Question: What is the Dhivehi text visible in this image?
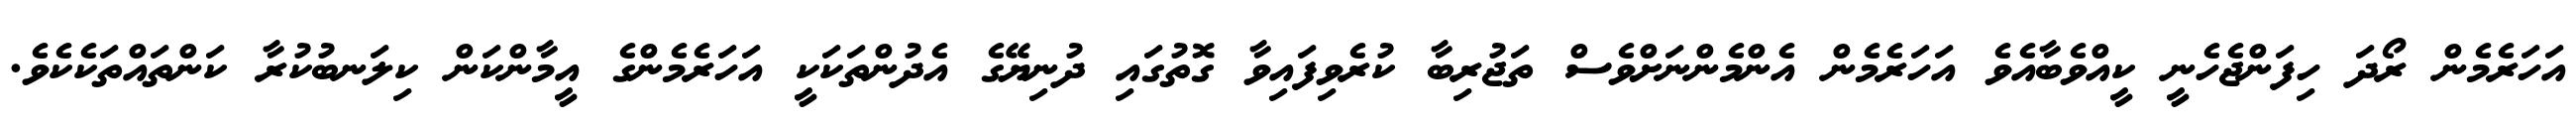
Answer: އަހަރެމެން ރޯދަ ހިފަންޖެހެނީ ކީއްވެބާއެވެ އަހަރެމެން އެންމެންނަށްވެސް ތަޖުރިބާ ކުރެވިފައިވާ ގޮތުގައި ދުނިޔޭގެ އެދުންތަކަކީ އަހަރެމެންގެ އީމާންކަން ކިލަނބުކުރާ ކަންތައްތަކެކެވެ.